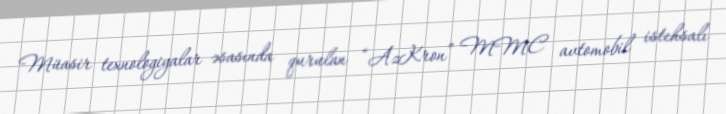
Müasir texnologiyalar əsasında qurulan “AzKron” MMC avtomobil istehsalı